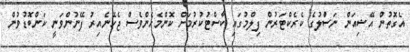
އެގޮތުން އޭޝިއަން ނަސްުލުގެ ކެރެކްޓަރުން ފިލްމުގައި ކާސްޓުކުރުމަށް ކޮންމެހެންވެސް ޖެހޭނެއިރު ފޭނުންވަނީ ކަންބޮޑުވުން